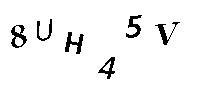
8UH45V